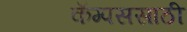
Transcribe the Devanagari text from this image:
कॅम्पससाठी